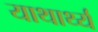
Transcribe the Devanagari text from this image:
याथार्थ्य